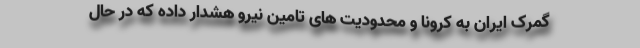
گمرک ایران به کرونا و محدودیت های تامین نیرو هشدار داده که در حال